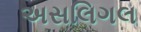
અસલિગલ